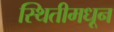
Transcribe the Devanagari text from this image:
स्थितीमधून